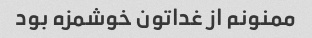
ممنونم از غداتون خوشمزه بود